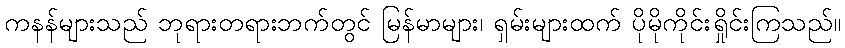
ကနန်များသည် ဘုရားတရားဘက်တွင် မြန်မာများ၊ ရှမ်းများထက် ပိုမိုကိုင်းရှိုင်းကြသည်။